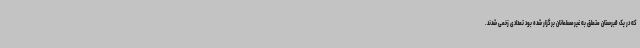
که در یک قبرستان متعلق به غیرمسلمانان برگزار شده بود تعدادی زخمی شدند.